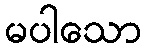
မပါသော